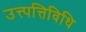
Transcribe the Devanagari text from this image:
उत्त्पत्तिविधि